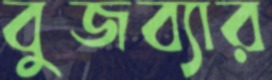
বুজব্যার